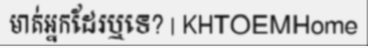
មាត់អ្នកដែរឬទេ? | KHTOEMHome